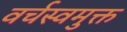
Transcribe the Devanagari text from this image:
वर्चस्वमुक्त